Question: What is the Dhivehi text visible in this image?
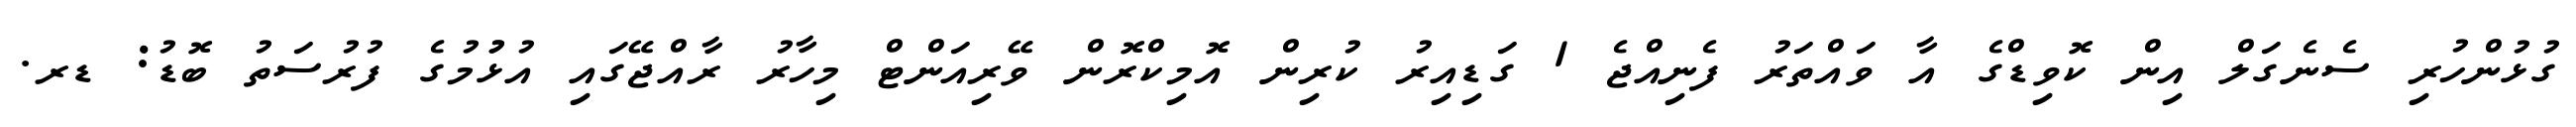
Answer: ގުޅުންހުރި ސެނެގަލް އިން ކޮވިޑްގެ އާ ވައްތަރު ފެނިއްޖެ 1 ގަޑިއިރު ކުރިން އޮމިކްރޮން ވޭރިއަންޓް މިހާރު ރާއްޖޭގައި އުޅުުމުގެ ފުރުސަތު ބޮޑު: ޑރ.